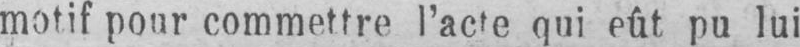
motif pour commettre l’acte qui eût pu lui